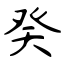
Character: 癸